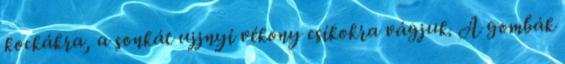
kockákra, a sonkát ujjnyi vékony csíkokra vágjuk. A gombák